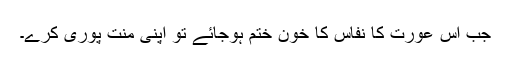
جب اس عورت کا نفاس کا خون ختم ہوجائے تو اپنی منت پوری کرے۔